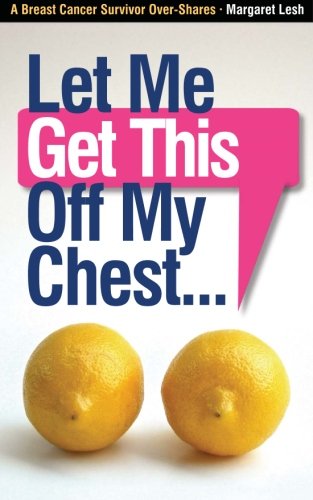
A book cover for Let Me Get This Off My Chest: A Breast Cancer Survivor Over-Shares; Margaret Lesh; Health, Fitness & Dieting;